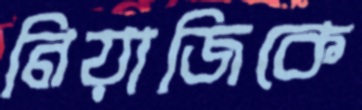
নিয়াজিকে